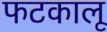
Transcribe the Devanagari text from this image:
फटकालू